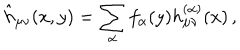
\hat { h } _ { \mu \nu } ( x , y ) = \sum _ { \alpha } f _ { \alpha } ( y ) h _ { \mu \nu } ^ { ( \alpha ) } ( x ) \, ,